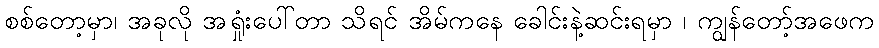
စစ်တော့မှာ၊ အခုလို အရှုံးပေါ်တာ သိရင် အိမ်ကနေ ခေါင်းနဲ့ဆင်းရမှာ ၊ ကျွန်တော့်အဖေက